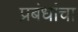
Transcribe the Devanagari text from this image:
प्रबंधांचा